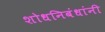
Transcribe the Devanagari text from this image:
शोधनिबंधांनी